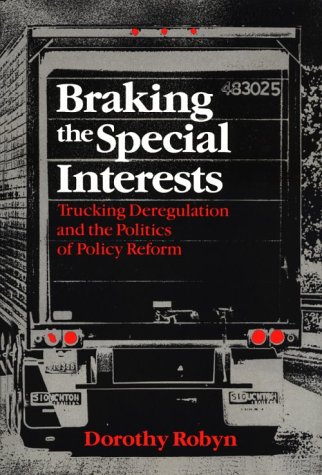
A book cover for Braking the Special Interests: Trucking Deregulation and the Politics of Policy Reform; Dorothy Robyn; Law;